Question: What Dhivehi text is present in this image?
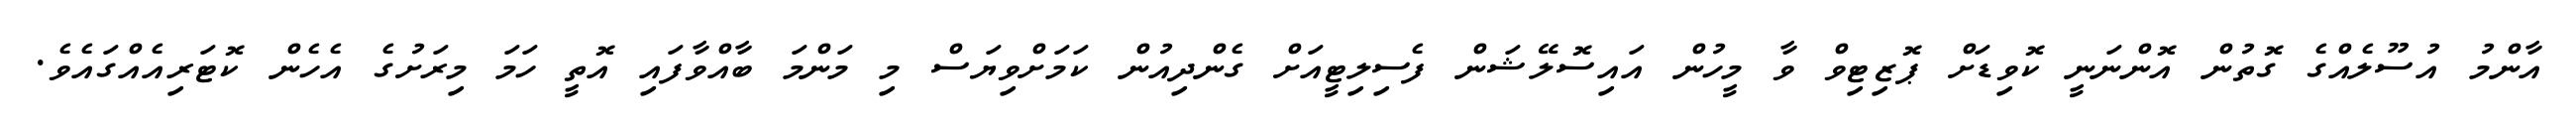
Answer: އާންމު އުސޫލެއްގެ ގޮތުން އޮންނަނީ ކޮވިޑަށް ޕޮޒިޓިވް ވާ މީހުން އައިސޮލޭޝަން ފެސިލިޓީއަށް ގެންދިއުން ކަމަށްވިޔަސް މި މަންމަ ބާއްވާފައި އޮތީ ހަމަ މިރަށުގެ އެހެން ކޮޓަރިއެއްގައެވެ.